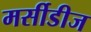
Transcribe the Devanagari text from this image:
मर्सीडीज